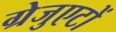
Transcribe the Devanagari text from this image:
ग्रेजुएटों